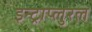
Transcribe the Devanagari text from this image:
इन्ट्राप्लुरल